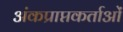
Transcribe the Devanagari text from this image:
अंकप्राप्तकर्ताओं